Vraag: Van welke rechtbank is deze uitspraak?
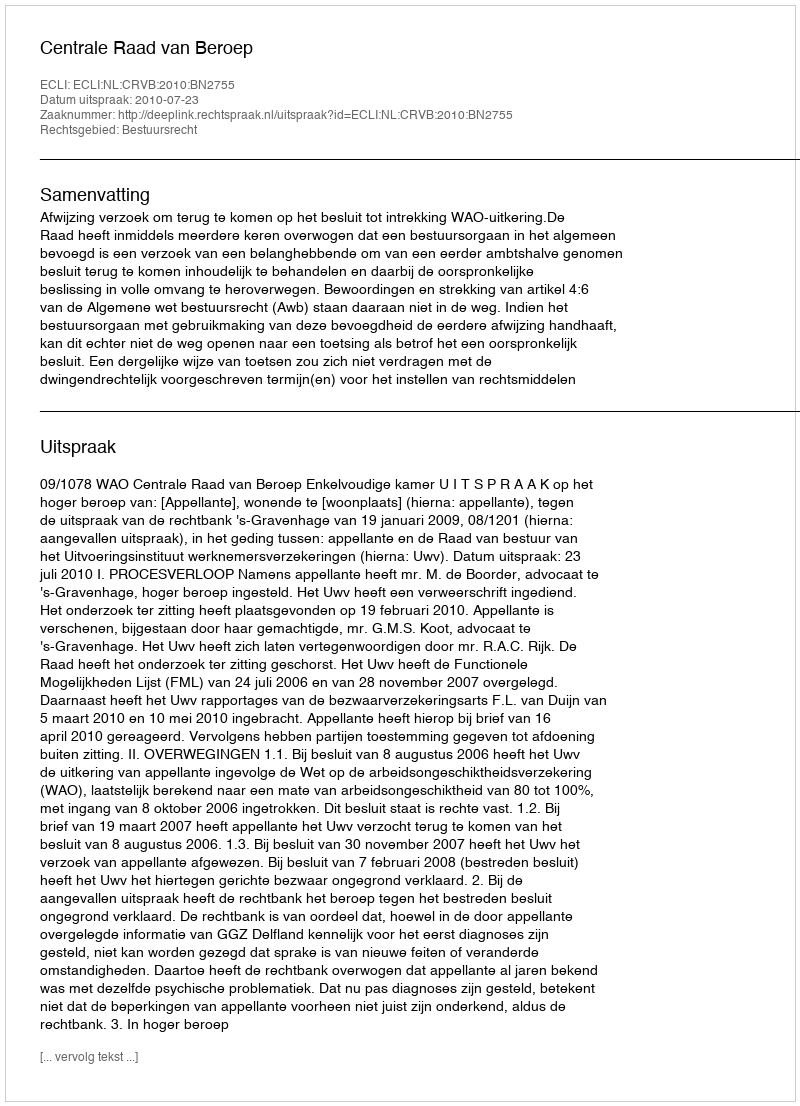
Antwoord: Centrale Raad van Beroep